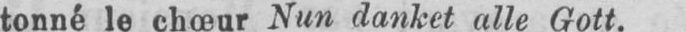
tonné le chœur Nun danket alle Gott.